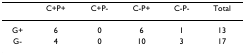
|  | C+P+ | C+P- | C-P+ | C-P- | Total |
 | --- | --- | --- | --- | --- | --- |
 | G+ | 6 | 0 | 6 | 1 | 13 |
 | G- | 4 | 0 | 10 | 3 | 17 |